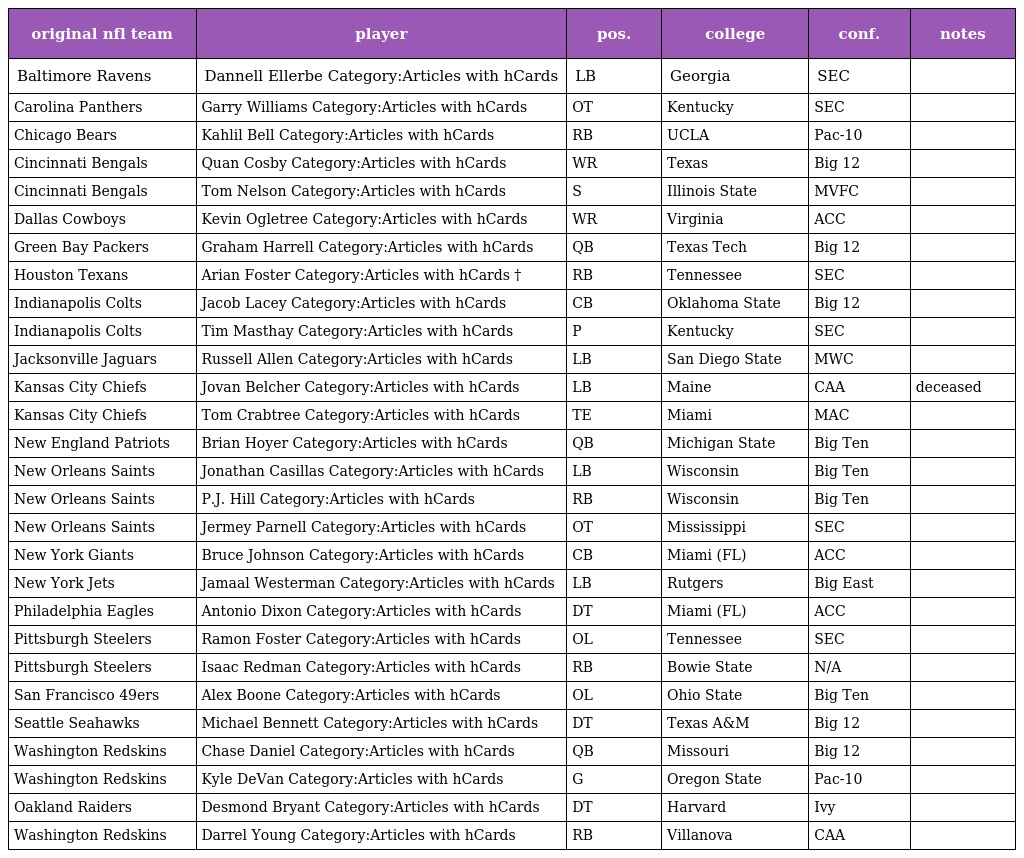
| original nfl team | player | pos. | college | conf. | notes |
 | --- | --- | --- | --- | --- | --- |
 | Baltimore Ravens | Dannell Ellerbe Category:Articles with hCards | LB | Georgia | SEC |  |
 | Carolina Panthers | Garry Williams Category:Articles with hCards | OT | Kentucky | SEC |  |
 | Chicago Bears | Kahlil Bell Category:Articles with hCards | RB | UCLA | Pac-10 |  |
 | Cincinnati Bengals | Quan Cosby Category:Articles with hCards | WR | Texas | Big 12 |  |
 | Cincinnati Bengals | Tom Nelson Category:Articles with hCards | S | Illinois State | MVFC |  |
 | Dallas Cowboys | Kevin Ogletree Category:Articles with hCards | WR | Virginia | ACC |  |
 | Green Bay Packers | Graham Harrell Category:Articles with hCards | QB | Texas Tech | Big 12 |  |
 | Houston Texans | Arian Foster Category:Articles with hCards † | RB | Tennessee | SEC |  |
 | Indianapolis Colts | Jacob Lacey Category:Articles with hCards | CB | Oklahoma State | Big 12 |  |
 | Indianapolis Colts | Tim Masthay Category:Articles with hCards | P | Kentucky | SEC |  |
 | Jacksonville Jaguars | Russell Allen Category:Articles with hCards | LB | San Diego State | MWC |  |
 | Kansas City Chiefs | Jovan Belcher Category:Articles with hCards | LB | Maine | CAA | deceased |
 | Kansas City Chiefs | Tom Crabtree Category:Articles with hCards | TE | Miami | MAC |  |
 | New England Patriots | Brian Hoyer Category:Articles with hCards | QB | Michigan State | Big Ten |  |
 | New Orleans Saints | Jonathan Casillas Category:Articles with hCards | LB | Wisconsin | Big Ten |  |
 | New Orleans Saints | P.J. Hill Category:Articles with hCards | RB | Wisconsin | Big Ten |  |
 | New Orleans Saints | Jermey Parnell Category:Articles with hCards | OT | Mississippi | SEC |  |
 | New York Giants | Bruce Johnson Category:Articles with hCards | CB | Miami (FL) | ACC |  |
 | New York Jets | Jamaal Westerman Category:Articles with hCards | LB | Rutgers | Big East |  |
 | Philadelphia Eagles | Antonio Dixon Category:Articles with hCards | DT | Miami (FL) | ACC |  |
 | Pittsburgh Steelers | Ramon Foster Category:Articles with hCards | OL | Tennessee | SEC |  |
 | Pittsburgh Steelers | Isaac Redman Category:Articles with hCards | RB | Bowie State | N/A |  |
 | San Francisco 49ers | Alex Boone Category:Articles with hCards | OL | Ohio State | Big Ten |  |
 | Seattle Seahawks | Michael Bennett Category:Articles with hCards | DT | Texas A&M | Big 12 |  |
 | Washington Redskins | Chase Daniel Category:Articles with hCards | QB | Missouri | Big 12 |  |
 | Washington Redskins | Kyle DeVan Category:Articles with hCards | G | Oregon State | Pac-10 |  |
 | Oakland Raiders | Desmond Bryant Category:Articles with hCards | DT | Harvard | Ivy |  |
 | Washington Redskins | Darrel Young Category:Articles with hCards | RB | Villanova | CAA |  |